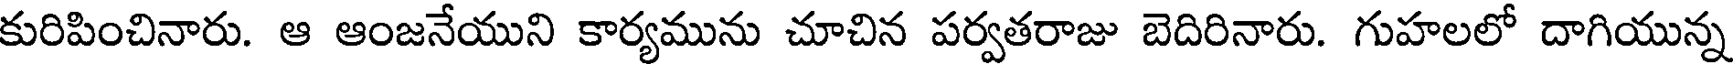
కురిపించినారు. ఆ ఆంజనేయుని కార్యమును చూచిన పర్వతరాజు బెదిరినారు. గుహలలో దాగియున్న